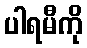
ပါရမီကို